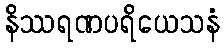
နိဿရဏပရိယေသနံ